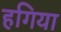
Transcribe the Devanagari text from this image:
हगिया